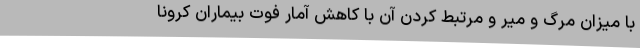
با میزان مرگ و میر و مرتبط کردن آن با کاهش آمار فوت بیماران کرونا